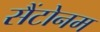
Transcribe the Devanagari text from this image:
सैंटोनम